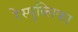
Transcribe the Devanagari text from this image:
रेस्पुब्लिका